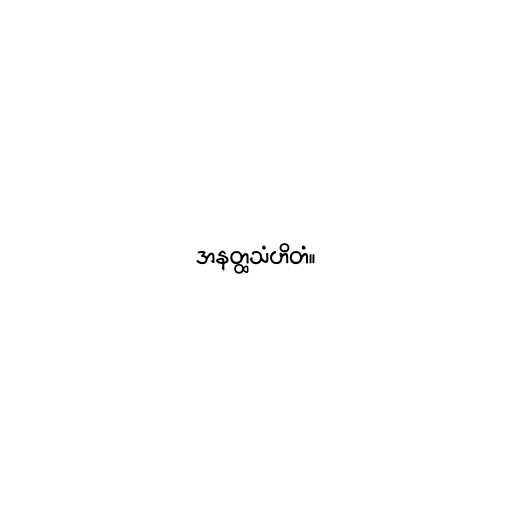
အနတ္ထသံဟိတံ။